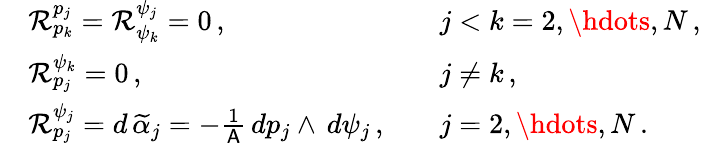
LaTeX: \begin{array}{rlrl}&{\mathcal{R}^{p_{j}}_{p_{k}}=\mathcal{R}^{\psi_{j}}_{\psi_{k}}=0\, ,}&&{j<k=2,\hdots,N\, ,}\\ &{\mathcal{R}^{\psi_{k}}_{p_{j}}=0\, ,}&&{j\neq k\, ,}\\ &{\mathcal{R}^{\psi_{j}}_{p_{j}}=d\, \widetilde{\alpha}_{j}=-\frac{1}{\mathsf{A}}\, dp_{j}\wedge\, d\psi_{j}\, ,}&&{j=2,\hdots,N\, .}\end{array}